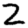
Digit: 2